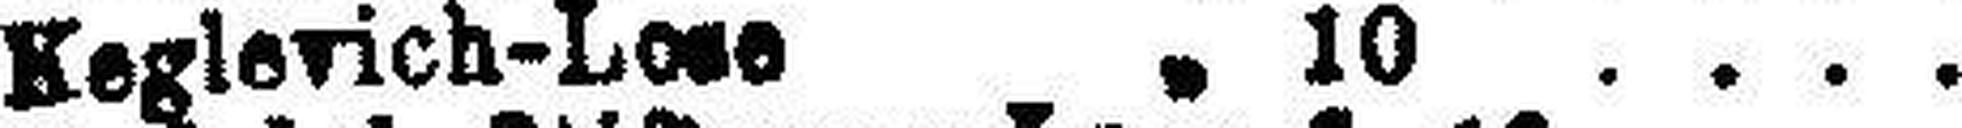
Keglerich-Lose " 10